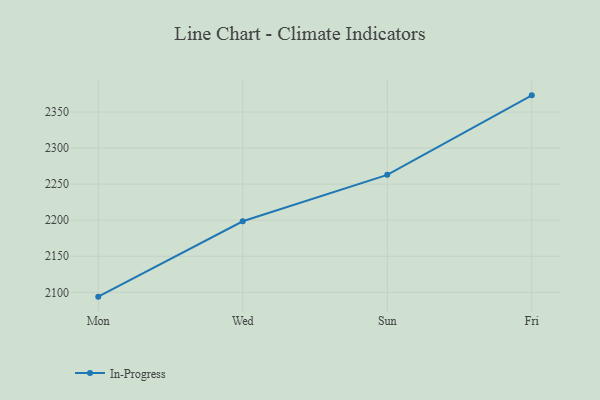
{"axis": {"x": "Day", "y": "Page Views"}, "legend": ["In-Progress"], "data": [{"x": "Mon", "y": 2094.0, "type": "In-Progress"}, {"x": "Wed", "y": 2198.5, "type": "In-Progress"}, {"x": "Sun", "y": 2262.9, "type": "In-Progress"}, {"x": "Fri", "y": 2373.1, "type": "In-Progress"}]}